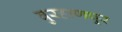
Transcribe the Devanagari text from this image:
बुरहाणपूर